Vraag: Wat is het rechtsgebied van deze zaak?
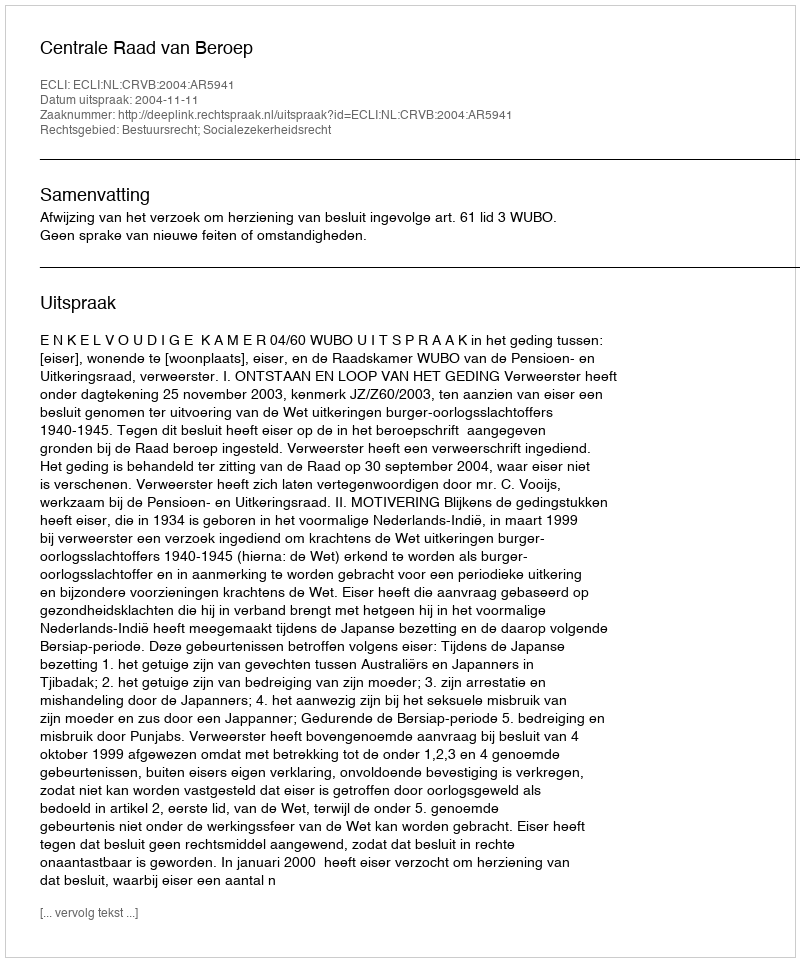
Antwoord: Bestuursrecht; Socialezekerheidsrecht